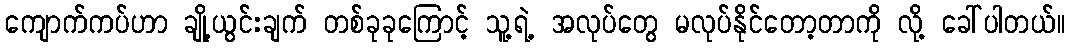
ကျောက်ကပ်ဟာ ချို့ယွင်းချက် တစ်ခုခုကြောင့် သူ့ရဲ့ အလုပ်တွေ မလုပ်နိုင်တော့တာကို လို့ ခေါ်ပါတယ်။